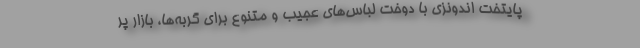
پایتخت اندونزی با دوخت لباس‌های عجیب و متنوع برای گربه‌ها، بازار پر